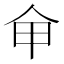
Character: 𠇚